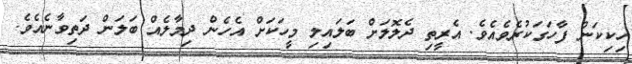
ހިކިކަން ފާހަގަކުރެވެއެވެ. އެރީތި ދެލޮލަށް ބަލައިލި މީހަކަށް އެހެން ދިމާލެއް ބަލަން ދަތިވާނެއެވެ.